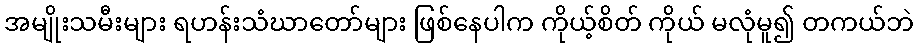
အမျိုးသမီးများ ရဟန်းသံဃာတော်များ ဖြစ်နေပါက ကိုယ့်စိတ် ကိုယ် မလုံမူ၍ တကယ်ဘဲ